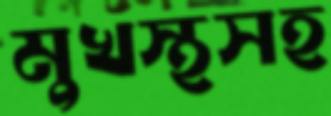
মুখস্থসহ